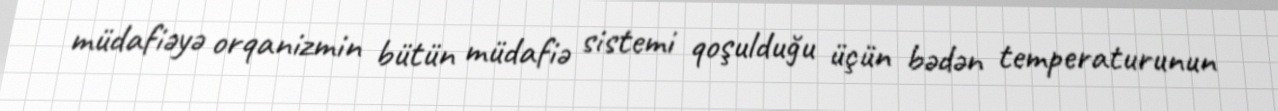
müdafiəyə orqanizmin bütün müdafiə sistemi qoşulduğu üçün bədən temperaturunun